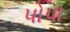
પોપા